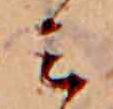
ミ